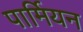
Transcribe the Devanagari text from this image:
पार्मियन